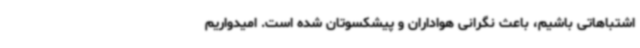
اشتباهاتی باشیم، باعث نگرانی هواداران و پیشکسوتان شده است. امیدواریم